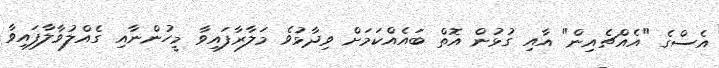
އެސްގެ "އެއްޗެއިން" އާއި ގުޅުން އޮތް ބައެއްކަމަށް ވިދާޅުވެ މަލާރާފައިވާ މީހުންނާއި ގެއްލުވާލާފައިވާ